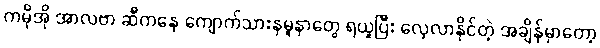
ကမိုအို အာလဗာ ဆီကနေ ကျောက်သားနမူနာတွေ ရယူပြီး လေ့လာနိုင်တဲ့ အချိန်မှာတော့